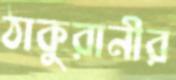
ঠাকুরানীর